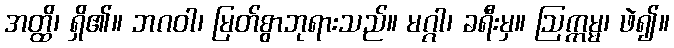
အတ္ထိ၊ ရှိ၏။ ဘဂဝါ၊ မြတ်စွာဘုရားသည်။ မဂ္ဂါ၊ ခရီးမှ။ ဩက္ကမ္မ၊ ဖဲ၍။